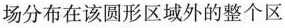
场分布在该圆形区域外的整个区